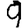
Digit: 9